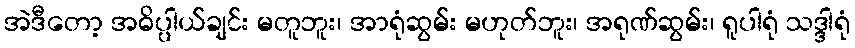
အဲဒီတော့ အဓိပ္ပါယ်ချင်း မတူဘူး၊ အာရုံဆွမ်း မဟုတ်ဘူး၊ အရုဏ်ဆွမ်း၊ ရူပါရုံ သဒ္ဒါရုံ